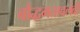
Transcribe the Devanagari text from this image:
बौद्धमतावलंबी